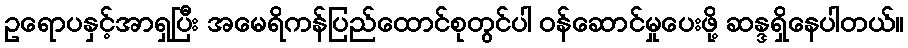
ဥရောပနှင့်အာရှပြီး အမေရိကန်ပြည်ထောင်စုတွင်ပါ ဝန်ဆောင်မှုပေးဖို့ ဆန္ဒရှိနေပါတယ်။